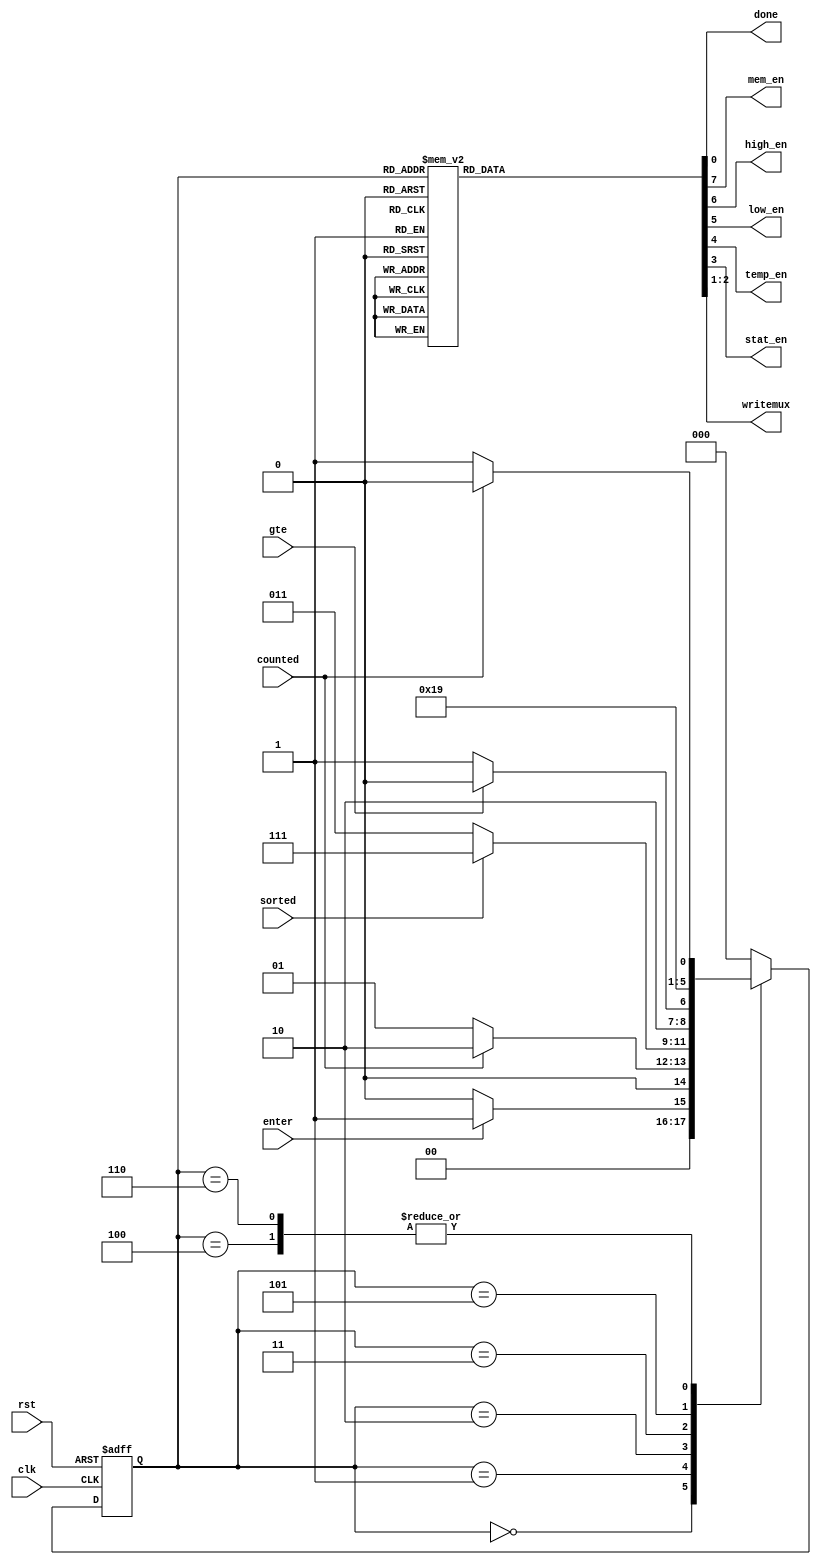
`timescale 1ns / 1ps
//////////////////////////////////////////////////////////////////////////////////
// Company: 
// Engineer: 
// 
// Design Name: 
// Module Name: CU
// Project Name: 
// Target Devices: 
// Tool Versions: 
// Description: 
// 
// Dependencies: 
// 
// Revision:
// Revision 0.01 - File Created
// Additional Comments:
// 
//////////////////////////////////////////////////////////////////////////////////


module CU(
	input clk, rst, enter, gte, counted, sorted,
	output done, mem_en, high_en, low_en, temp_en, stat_en,
	output [1:0] writemux
    );

reg [7:0] word;
reg [2:0] NS, CS;
parameter IDLE=3'b000, LOAD=3'b001, RUN=3'b010, COMP=3'b011, MOVE=3'b100, SWAP1=3'b101, SWAP2=3'b110, DONE=3'b111;
assign {mem_en, high_en, low_en, temp_en, stat_en, writemux, done} = word;

initial begin
	CS=IDLE;
	end

always@(rst, enter, gte, counted, sorted, clk) begin
	case(CS)
		IDLE: if(enter) NS=LOAD;
				else NS=IDLE;
		LOAD: if(counted) NS=RUN;
				else NS=LOAD;
		RUN: if (sorted) NS=DONE;
				else NS=COMP;
		COMP:if (gte) NS=MOVE;
				else NS=SWAP1;
		MOVE: if(counted) NS=RUN;
		        else NS=COMP;
		SWAP1: NS=SWAP2;
		SWAP2: if(counted) NS=RUN;
		        else NS=COMP;
		default:NS=IDLE;
	endcase
end

  always@(posedge clk, posedge rst) begin
    	if(rst) CS<=IDLE;
    	else CS<=NS;
    end

always@(CS) begin
case (CS)
	IDLE: word = 8'b11100_00_0;
	LOAD: word = 8'b11100_00_0;
	RUN:  word = 8'b00000_10_0;
	COMP: word = 8'b00001_10_0;
	MOVE: word = 8'b01101_10_0;
	SWAP1:word = 8'b11110_10_0;
	SWAP2:word = 8'b10001_01_0;
	DONE: word = 8'b00000_11_1;
endcase
end

endmodule